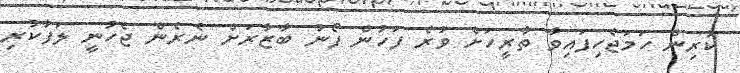
ކުރިން ހަމަޖެހިފައިވާ ތާރީހަށް ވުރެ ފަހުން ފޯނު ބާޒާރަށް ނެރެން ޖެހުނީ ލަފާކުރި